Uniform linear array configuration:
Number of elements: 12
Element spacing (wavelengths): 0.5
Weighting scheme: blackman
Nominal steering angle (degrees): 15
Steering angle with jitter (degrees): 15.856
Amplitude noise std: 0.05
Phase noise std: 0.05

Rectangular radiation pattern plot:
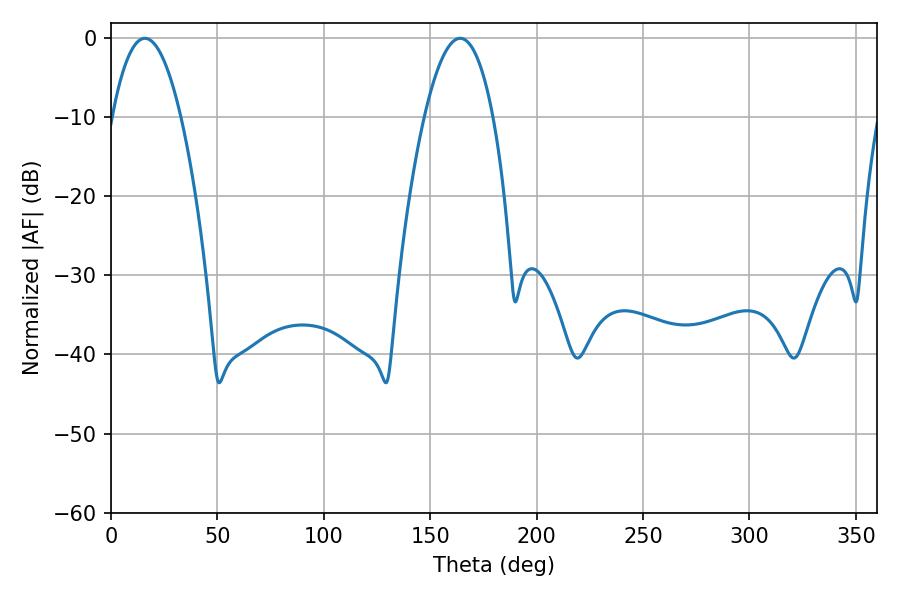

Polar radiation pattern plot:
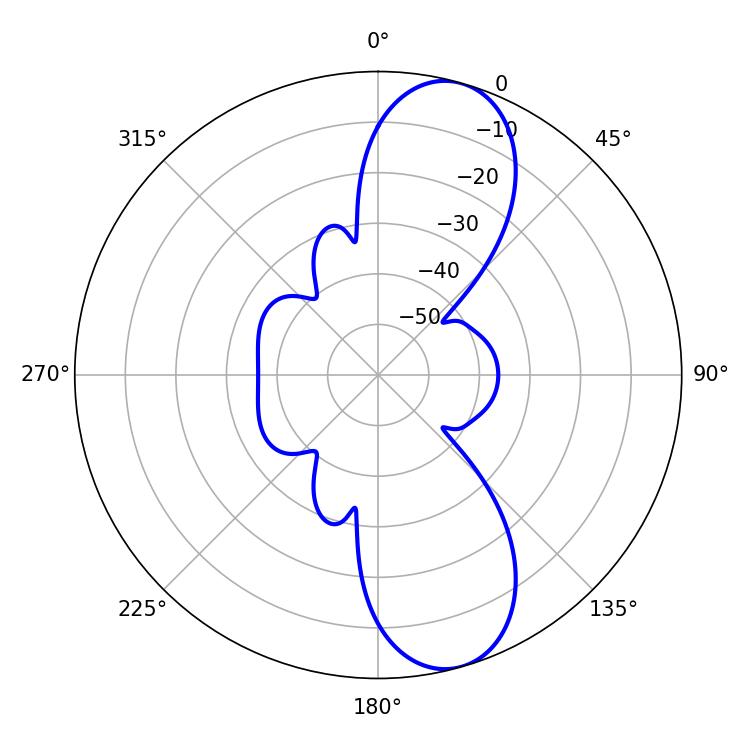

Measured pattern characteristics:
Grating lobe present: FALSE
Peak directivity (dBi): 10.324
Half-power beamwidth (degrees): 17.82
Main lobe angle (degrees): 15.84